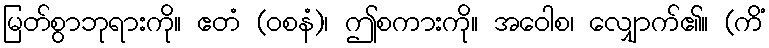
မြတ်စွာဘုရားကို။ ဧတံ (ဝစနံ)၊ ဤစကားကို။ အဝေါစ၊ လျှောက်၏။ (ကိံ